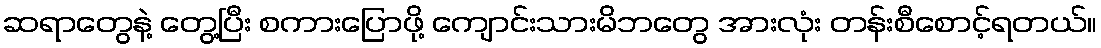
ဆရာတွေနဲ့ တွေ့ပြီး စကားပြောဖို့ ကျောင်းသားမိဘတွေ အားလုံး တန်းစီစောင့်ရတယ်။